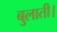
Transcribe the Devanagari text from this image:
बुलाती।